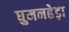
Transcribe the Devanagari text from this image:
घुमनहेड़ा